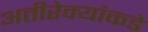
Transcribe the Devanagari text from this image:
अतीरेक्यांकडे